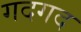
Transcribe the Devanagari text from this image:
गदगद